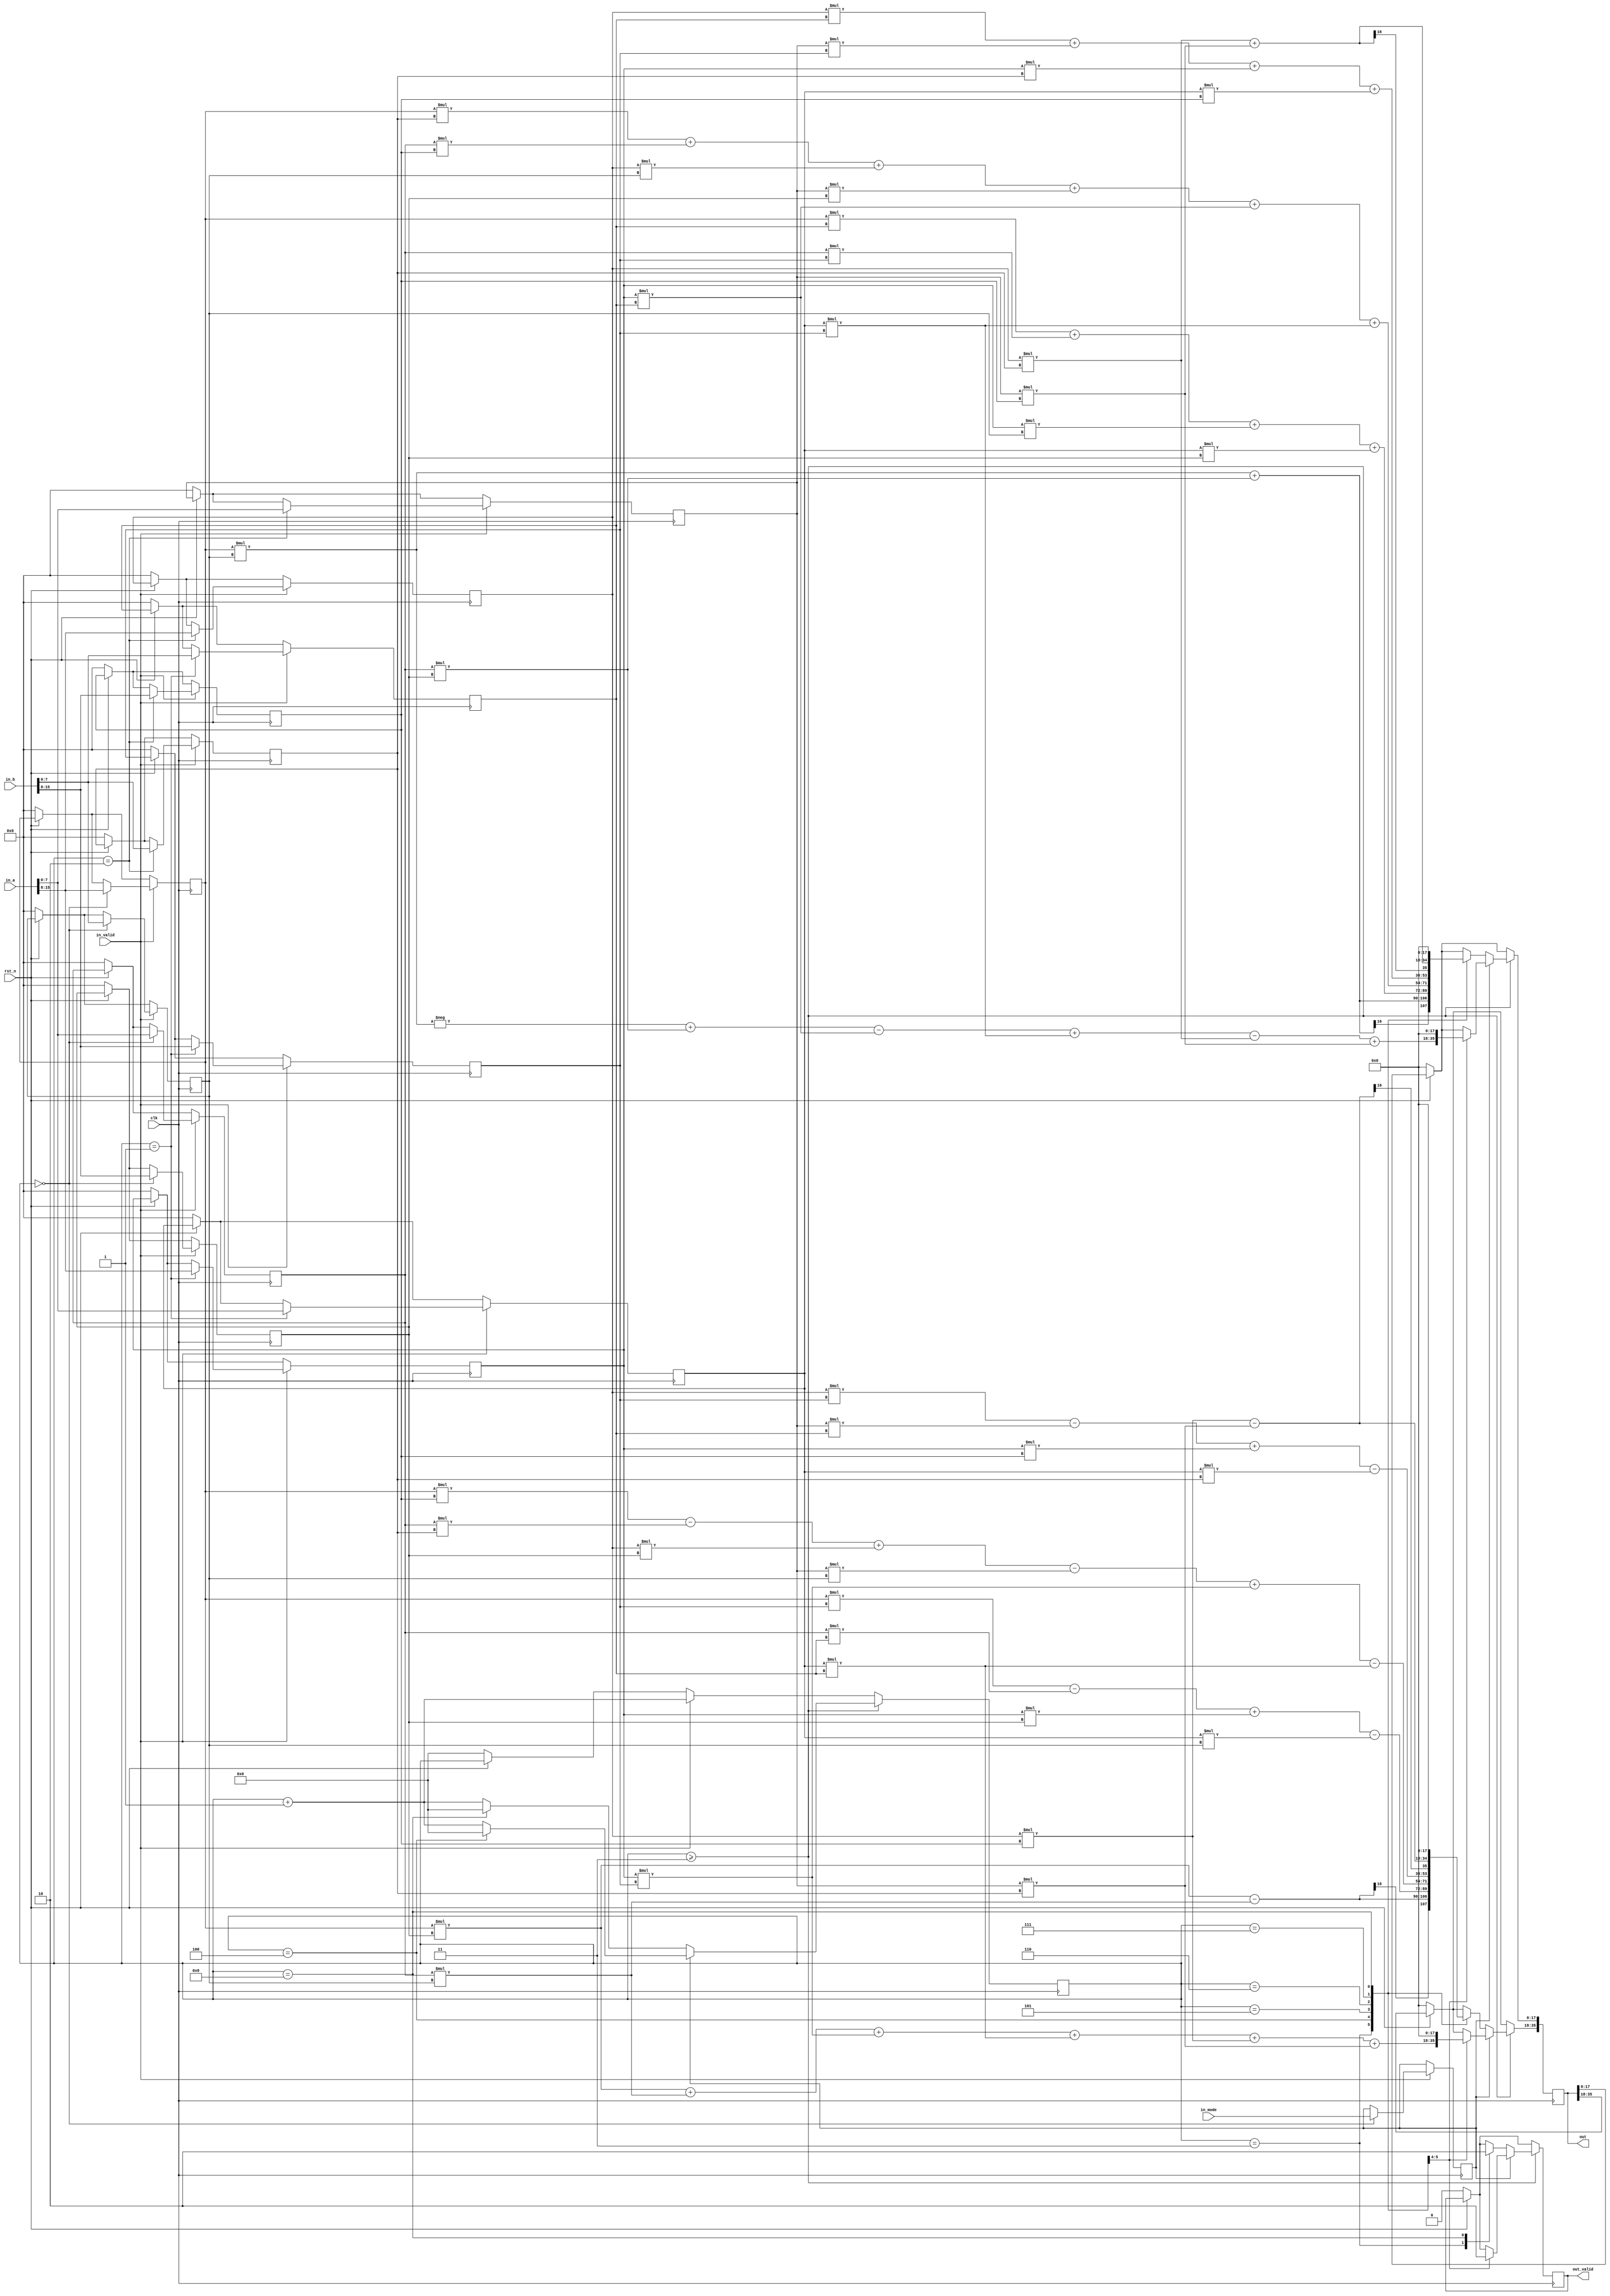
module CONVCOR( clk , rst_n , in_valid , in_a, in_b, in_mode, out_valid , out);

input clk , rst_n , in_valid , in_mode; 
input [15:0]in_a, in_b;
output reg out_valid;
output reg signed[35:0]out;
reg signed [7:0]a_r1;
reg signed [7:0]a_c1;
reg signed [7:0]b_r1;
reg signed [7:0]b_c1;
reg signed [7:0]a_r2;
reg signed [7:0]a_c2;
reg signed [7:0]b_r2;
reg signed [7:0]b_c2;
reg signed [7:0]a_r3;
reg signed [7:0]a_c3;
reg signed [7:0]b_r3;
reg signed [7:0]b_c3;
reg [3:0]count;
reg mode;


always@(posedge clk)
begin

	if(rst_n==0) 
	begin
		a_r1<=0; a_r2<=0; a_r3<=0;
		a_c1<=0; a_c2<=0; a_c3<=0;
		b_r1<=0; b_r2<=0; b_r3<=0;
		b_c1<=0; b_c2<=0; b_c3<=0;
		out<=0;
		count<=0;
		out_valid<=0;
	end
//get input	
	if(in_valid==1)
	begin
		count<=count+1;
		case(count)
			4'b0000:
			begin 
			a_r1<=in_a[15:8];
			a_c1<=in_a[7:0];
			b_r1<=in_b[15:8];
			b_c1<=in_b[7:0];
			mode<=in_mode;
			end
			4'b0001:
			begin 
			a_r2<=in_a[15:8];
			a_c2<=in_a[7:0];
			b_r2<=in_b[15:8];
			b_c2<=in_b[7:0];
			end
			4'b0010:
			begin 
			a_r3<=in_a[15:8];
			a_c3<=in_a[7:0];
			b_r3<=in_b[15:8];
			b_c3<=in_b[7:0];
			end
		endcase 
	end

	
//output	
	if(count>=3)
	begin
		count<=count+1;
		if(mode==0)
		begin
			case(count)
			4'b0011:
			begin 
			out[35:18]<=(a_r1*b_r1)-(a_c1*b_c1);
			out[17:0]<=(a_r1*b_c1)+(a_c1*b_r1);
			out_valid<=1;
			end
			4'b0100:
			begin 
			out[35:18]<=(a_r1*b_r2)-(a_c1*b_c2)+(a_r2*b_r1)-(a_c2*b_c1);
			out[17:0]<=(a_r1*b_c2)+(a_c1*b_r2)+(a_r2*b_c1)+(a_c2*b_r1);
			end
			4'b0101:
			begin 
			out[35:18]<=(a_r1*b_r3)-(a_c1*b_c3)+(a_r3*b_r1)-(a_c3*b_c1)+(a_r2*b_r2)-(a_c2*b_c2);
			out[17:0]<=(a_r1*b_c3)+(a_c1*b_r3)+(a_r3*b_c1)+(a_c3*b_r1)+(a_r2*b_c2)+(a_c2*b_r2);
			end
			4'b0110:
			begin
			out[35:18]<=(a_r3*b_r2)-(a_c3*b_c2)+(a_r2*b_r3)-(a_c2*b_c3);
			out[17:0]<=(a_r3*b_c2)+(a_c3*b_r2)+(a_r2*b_c3)+(a_c2*b_r3);
			end
			4'b0111:
			begin 
			out[35:18]<=(a_r3*b_r3)-(a_c3*b_c3);
			out[17:0]<=(a_r3*b_c3)+(a_c3*b_r3);
			end
			4'b1000:
			begin 
			out<=0;
			out_valid<=0;
			count<=0;
			end
			endcase 
		end
		
		else if(mode==1) 
		begin
			case(count)
			4'b0011:
			begin
			out[35:18]<=(a_r1*b_r1)+(a_c1*b_c1)+(a_r2*b_r2)+(a_c2*b_c2)+(a_r3*b_r3)+(a_c3*b_c3);
			out[17:0]<=-(a_r1*b_c1)+(a_c1*b_r1)-(a_r2*b_c2)+(a_c2*b_r2)-(a_r3*b_c3)+(a_c3*b_r3);
			out_valid<=1;
			end
			4'b0100:
			begin 
			out<=0;
			out_valid<=0;
			count<=0;
			end
			endcase 
			
		end

	
	end

end

endmodule